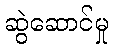
ဆွဲဆောင်မှု